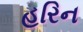
હરિન